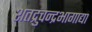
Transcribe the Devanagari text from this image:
शतद्रुचन्द्रभागाद्या